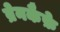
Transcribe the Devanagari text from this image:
ब्रेनकैफ़े